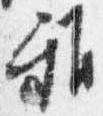
雅